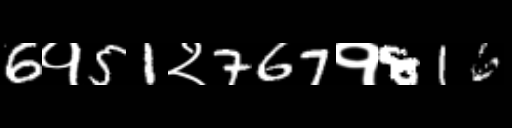
Text: 6१51२767१816